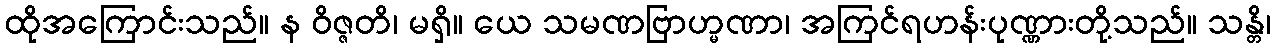
ထိုအကြောင်းသည်။ န ဝိဇ္ဇတိ၊ မရှိ။ ယေ သမဏဗြာဟ္မဏာ၊ အကြင်ရဟန်းပုဏ္ဏားတို့သည်။ သန္တိ၊